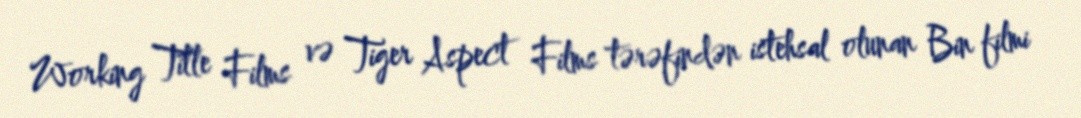
Working Title Films və Tiger Aspect Films tərəfindən istehsal olunan Bin filmi